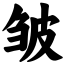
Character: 皱